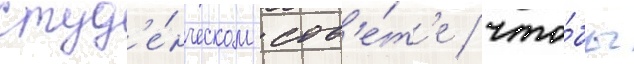
студ'е́нческом сов'е́т'е / что́бы